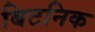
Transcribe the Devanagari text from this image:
बिटनिक